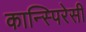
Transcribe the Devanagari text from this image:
कान्स्पिरेसी